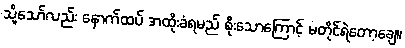
သို့သော်လည်း နောက်ထပ် အထိုးခံရမည် စိုးသောကြောင့် မတိုင်ရဲတော့ချေ။